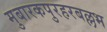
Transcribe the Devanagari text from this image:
मुबारकपुरहरबल्लभ